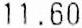
11.60